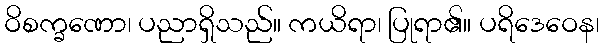
ဝိစက္ခဏော၊ ပညာရှိသည်။ ကယိရာ၊ ပြုရာ၏။ ပရိဒေဝေန၊